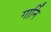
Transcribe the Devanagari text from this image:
गार्नि